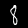
Digit: 8